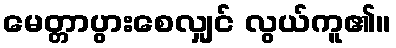
မေတ္တာပွားစေလျှင် လွယ်ကူ၏။